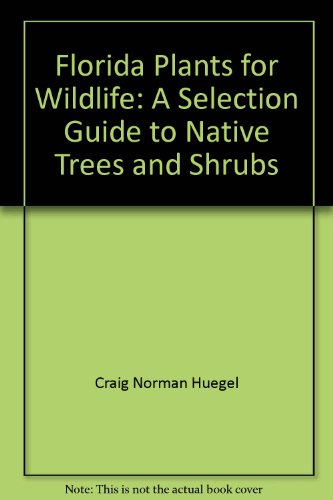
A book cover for Florida plants for wildlife: A selection guide to native trees and shrubs; Craig Norman Huegel; Sports & Outdoors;